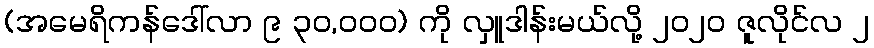
(အမေရိကန်ဒေါ်လာ ၉ ၃၀,၀၀၀) ကို လှူဒါန်းမယ်လို့ ၂၀၂၀ ဇူလိုင်လ ၂